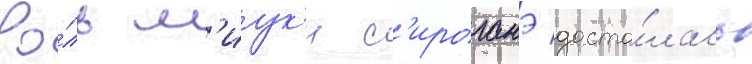
Ро́ль м'иук'и с'ироганэ доста́лась